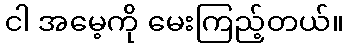
ငါ အမေ့ကို မေးကြည့်တယ်။